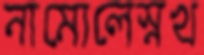
নামোলেস্নখ